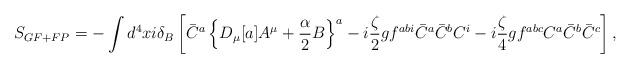
LaTeX: \begin{align*}S_{GF+FP} = - \int d^4x i \delta_B \left[ \bar C^a \left\{ D_\mu[a]A^\mu + {\alpha \over 2} B \right\}^a- i {\zeta \over 2} g f^{abi} \bar C^a \bar C^b C^i- i {\zeta \over 4} g f^{abc} C^a \bar C^b \bar C^c \right] ,\end{align*}